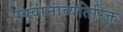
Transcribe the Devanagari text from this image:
पक्वांनांव्यतिरिक्त